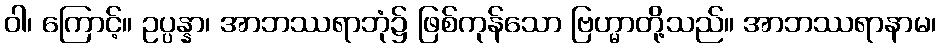
ဝါ၊ ကြောင့်။ ဥပ္ပန္နာ၊ အာဘဿရာဘုံ၌ ဖြစ်ကုန်သော ဗြဟ္မာတို့သည်။ အာဘဿရာနာမ၊